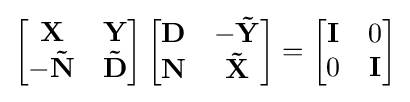
\left[{\begin{matrix}\mathbf {X} &\mathbf {Y} \\-\mathbf {\tilde {N}} &{\mathbf {\tilde {D}} }\\\end{matrix}}\right]\left[{\begin{matrix}\mathbf {D} &-\mathbf {\tilde {Y}} \\\mathbf {N} &{\mathbf {\tilde {X}} }\\\end{matrix}}\right]=\left[{\begin{matrix}\mathbf {I} &0\\0&\mathbf {I} \\\end{matrix}}\right]